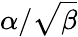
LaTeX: \alpha/\sqrt\beta